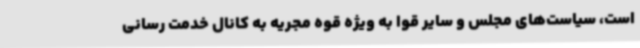
است، سیاست‌های مجلس و سایر قوا به ویژه قوه مجریه به کانال خدمت رسانی